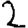
Digit: 2